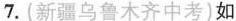
7. (新疆乌鲁木齐中考)如